Vital statistics of India. Vol. VI, European troops 1870-79
Year: 1870
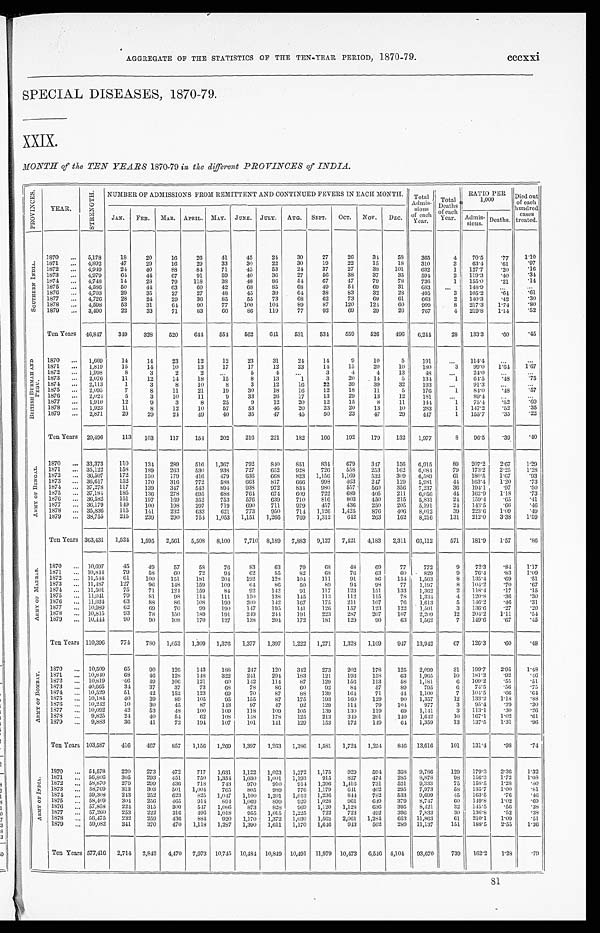
AGGREGATE OF THE STATISTICS OF THE TEN-YEAR PERIOD, 1870-79.
cccxxi
SPECIAL DISEASES, 1870-79.
XXIX.
MONTH of the TEN YEARS 1870-79 in the different PROVINCES of INDIA.
P R O V I N C E S .
YEAR.
S T R E N G T H .
NUMBER OF ADMISSIONS FROM REMITTENT AND CONTINUED FEVERS IN EACH MONTH. Total
Admis-
sions
of each
Year.
Total
Deaths
of each
Y e a r .
RATIO PER
1,000
Died out
of each
hundred
c a s e s
treated.
JAN. FEB. MAR. APRIL. MAY. JUNE. JULY. AUG. SEPT. OCT. NOV. DEC.
Admis-
sions. Deaths.
S O U T H E R N I N D I A .
1870 ... 5,178
18
20
16
26
41
45
24
30
27
26
34
58
365
4
70.5
.77
1.10
1871 ... 4,892
47
29
16
29
33
30
22
30
19
22
15
18
310
3
63.4
.61
.97
1872 ... 4,949
24
40
88
84
71
45
53
24
37
27
38
101
632
1 127.7
.20
.16
1873 ... 4,979
64
44
67
91
59
40
36
27
56
38
37
35
594
2 119.3
.40
.34
1874 ... 4,748
14
28
79
118
38
48
86
54
67
47
79
78
736
1 155.0
.21
.14
1875 ... 4,586
50
44
63
60
42
68
85
68
49
54
6 9
31
683
...
148.9
. . .
. . .
1876 ... 4,703
29
35
27
27
48
45
39
6 4
38
83
32
28
495
3 105.2
. 6 4
.61
1877 ... 4,726
28
24
29
36
85
55
73
68
62
73
6 9
61
663
2 140.3
.42
.30
1878 ... 4,598
53
31
64
90
77
100
104
89
87
120
124
60
999
8 217.3
1.74
.80
1879 ... 3,490
22
33
71
83
6 0
86
119
77
92
69
29
26
767
4 219.8 1.14
.52
Ten Years 46,847
349
328
520
644
554
562
641
531
5 3 4
559
526
496
6 , 2 4 4
28 133.3
. 6 0
.45
B R I T I S H B U R M A H A N D
P E G U .
1870 ... 1,669
14
14
23
12
12
23
31
24
14
9
10
5
191
...
114.4
. . .
. . .
1871 ... 1,819
15
14
10
13
17
17
12
23
14
15
20
10
180
3
9 9 . . 1.64 1.67
1872 ... 1,998
8
3
2
2
...
5
4
...
3
4
4
13
48
...
24.0
...
. . .
1873 ... 2,076
11
12
14
18
15
8
13
1
3
20
14
5
134
1
64.5
.48
.75
1874 ... 2,113
1
3
8
10
8
3
12
16
22
39
39
32
193
...
91.3
...
...
1875 ... 2,095
7
8
11
21
19
30
18
16
12
18
11
5
176
1
84.0
.48
.57
1876 ... 2,024
5
3
10
11
9
33
26
17
13
29
13
12
181
...
89.4
...
. . .
1877 ... 1,910
12
9
3
8
25
9
12
20
12
15
8
11
144
1
75.4
.52
.69
1878 ... 1,923
11
8
12
10
57
53
46
20
23
20
13
10
283
1 147.2
.52
.35
1879 ... 2,871
29
29
24
49
40
35
47
45
50
23
47
29
447
1 155.7
.35
.22
Ten Years 20,496
113 103
117
154 202
216
221
182
166
192
179
132 1,977
8 96.5
.39
.40
A R M Y O F B E N G A L .
1870 ... 33,373
110
134
289
516 1,367
792
840
851
834
679
347
156 6,915
89 207.2
2.67
1.29
1871 ... 35,122
158
189
263
530
938
727
652
928
726
558
253
162 6,084
79 173.2 2.25
1.28
1872 ... 36,507
172
150
179
416
479
636 668
823 1,156 1,169
532
309 6,589
61 180.5
1.67
.93
1873 ... 36,617
152
170
316
772
588
663
817
666
998
463
247
129 5,981
44 163.4 1.20
.73
1874 ... 37,278
117
139
347
543
894
938
972
834 980
557
560
356 7,237
36 194.1
.97
.50
1875 ... 37,184
185
136
278
695
688
764 674
609
722
689
405
211 6,056
44 162.9
1.18
.73
1876 ... 36,582
151
197
169
352
753
576
639
710
816
803
450
215 5,831
24 159.4
.65
.41
1877 ... 36,179
149
100
198
297
719
690
711
979
457
436
250
205 5,191
24 143.5
.66
.46
1878 ... 35,836
115
141
232
633
621
773
950
714 1,126 1,425
876
406 8,012
39 223.6 1.09
.49
1879 ... 38,755
215
239
290
754 1,053 1,151 1,266
769 1,312
642
263
162 8,216
131 212.0 3.38
1.59
Ten Years 363,431 1,524 1,595 2,561 5,508 8,100 7,710 8,189 7,883 9,127 7,421 4,183 2,311 66,112
571 181.9 1.57
. 8 6
A R M Y O F M A D R A S .
1870 ... 10,697
45
49
57
58
76
83
63
79
68
48
69
77
772
9
72.3
.84
1.17
1871 ... 10,844
79
58
60
72
94
62
55
82
68
76
63
60 829
9
76.4
.83
1.09
1872 ... 11,544
61
100
151
181
204
192
128
104
111
91
86
154 1,563
8 135.4
.69
.51
1873 ... 11,487
127
96
148
159
109
6 4
86
50
8 9
94
9 8
77 1,197
8 104.2
.70
.67
1874 ... 11,501
75
71
124
159
84
92
142
91
117
123
151
133 1,362
2 118.4
.17
.15
1875 ... 11,041
79
81
98
114
111
150
138
145
113
112
115
78 1,334
4 120.8
.36
.30
1876 ... 11,034
63
8 8
86
108
190
200
142
167
175
211
107
76 1,613
5 146.2
.46
.31
1877 ... 10,989
62
69
70
99
100
147
195
141
126
157
123
122 1,501
3 136.6
.27
.20
1878 ... 10,815
93
78
150
189
191
249
244
191
223
287
207
107 2,209
12 204.2 1.11
.54
1879 ... 10,444
90
90
108
170
127
138
204
172
181
129
90
63 1,562
7 149.6
.67
.45
Ten Years 110,396
774
780 1,052 1,309 1,376 1,377 1,397 1,222 1,271 1,328 1,109
947 13,942
67 126.3
. 6 0
.48
A R M Y O F B O M B A Y .
1870 ... 10,509
65
90
126
143
188
247
120
342
273
202
178
125 2,099
31 199.7 2.95
1.48
1871 ... 10,840
68
46
128
148
322
241
294
183
121
193
158
63 1,965
10 181.3
.92
.46
1872
. . . 10,819
46
49
106
121
60
142
114
87
129
156
113
58 1,181
6 109.2
.55
.51
1873 ... 40,665
34
37
37
73
68
78
86
60
92
84
57
89
795
6
74.5
.56
.75
1874 ... 10,529
51
42
152
123
69
70
87
88
139
164
71
4 4 1,100
7 104.5
. 6 6
.64
1875
. . . 10,184
40
39
89
105
95
155
87
175
193
100
129
90 1,357
12 133.2 1.18
.88
1876
. . . 10,242
10
30
45
87
143
97
47
92
129
114
79
104
977
3
95.4
.29
.30
1877
. . . 10,092
42
53
48
100
109
118
109
105
139
130
119
69 1,141
3 113.1
.30
.26
1878 ... 9,825
24
40
54
62
108
148 178
125
213
349
201
140 1,642
10 167.1
1.02
.61
1879 ... 9,883
36
41
72
194
107
101
141
129
153
172
149
6 4 1,359
13 137.5
1.31
. 9 6
Ten Years 103,587
416
467
857 1,156 1,269 1,397 1,263 1,386 1,581 1,724 1,254
846 13,616
101 131 . 4 .98
.74
1870 ... 54,578
220
273
472
717 1,631 1,122 1,023 1,272 1,175
929
594 358 9,786
129 179.3 2.36
1.32
A R M Y O F I N D I A .
1871 ... 56,806
305
293
451
750 1,354 1,030 1,001 1,193
915
827
474
285 8,878
98 156.3 1.72
1.08
1873
. . . 58,870
279
299
436
718
743
970
910
914 1,396 1,416
731
521 9,333
75 158.5 1.28
.80
1873 ... 58,769
313
303
501 1,004
765
805
989
776 1,179
641
402
295 7,973
58 135.7 1.00
.81
1874
. . . 59,308
243
252
623
825 1,047 1,100 1,201 1,013 1,236
844
782
533 9,699
45 163.5
.76
.46
1875
. . . 58,409
304
256
465
914
894 1,069
899
929 1,028
961
649
379 8,747
60 149.8 1.02
.69
1876 . . . 57,858
224 315
300
547 1,086
873
828
969 1,120 1,128
636
395 8,421
32 145.5
.56
.38
1877
. . . 57,260
253
222
316
496 1,018
955 1,015 1,225
722
723
492
396 7,833
30 136.8
.52
.38
1878
. . . 56,475
232
259
436
884
920 1,170 1,372 1,030 1,562 2,061 1,284
653 11,863
61 210.1
1.09
.51
1879
. . . 59,082
341
370
470 1,118 1,287 1,399 1,611 1,170 1,646
943
502
289 11,137
151 188.5
2.55
1.36
Ten Years 577,416 2,714 2,842 4,470 7,973 10,745 10,484 10,849 10,491 11,979 10,473 6,546 4,104 93,670
739 162.2
1.28
.79
81